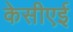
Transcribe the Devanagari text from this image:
केसीएई